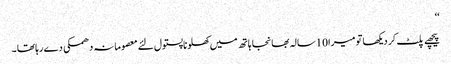
‘‘
پیچھے پلٹ کر دیکھا تو میرا10سالہ بھانجا ہاتھ میں کھلونا پستول لئے معصومانہ دھمکی دے رہا تھا ۔